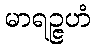
မာရဉ္ဇဟံ